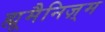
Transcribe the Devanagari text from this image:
ह्यूमैनिज़्म